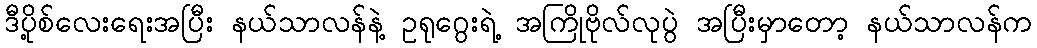
ဒီပို့စ်လေးရေးအပြီး နယ်သာလန်နဲ့ ဥရုဂွေးရဲ့ အကြိုဗိုလ်လုပွဲ အပြီးမှာတော့ နယ်သာလန်က